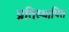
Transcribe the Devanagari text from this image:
प्रतिस्थापित